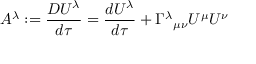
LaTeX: A ^ { \lambda } : = { \frac { D U ^ { \lambda } } { d \tau } } = { \frac { d U ^ { \lambda } } { d \tau } } + \Gamma ^ { \lambda } { } _ { \mu \nu } U ^ { \mu } U ^ { \nu }